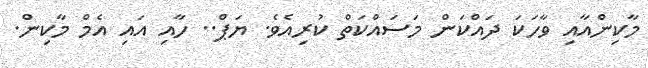
މާކިންއާއި ވާހަކަ ދައްކަން މަސައްކަތް ކުރިއެވެ. ޔަޕް.. ހާއި އައި އެމް މާކިން.